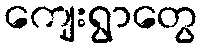
ကျေးရွာတွေ